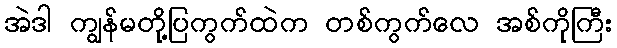
အဲဒါ ကျွန်မတို့ပြကွက်ထဲက တစ်ကွက်လေ အစ်ကိုကြီး